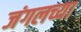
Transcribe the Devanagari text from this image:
जंगलच्या